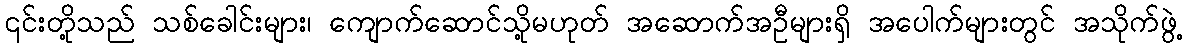
၎င်းတို့သည် သစ်ခေါင်းများ၊ ကျောက်ဆောင်သို့မဟုတ် အဆောက်အဦများရှိ အပေါက်များတွင် အသိုက်ဖွဲ့